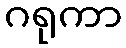
ဂရုကာ